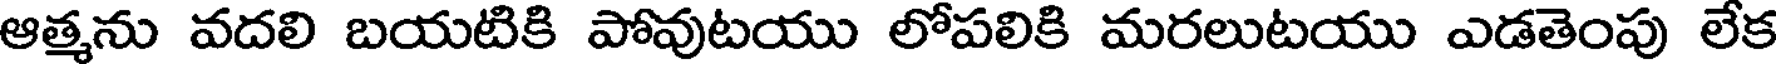
ఆత్మను వదలి బయటికి పోవుటయు లోపలికి మరలుటయు ఎడతెంపు లేక